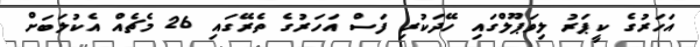
އަހަރުގެ ކީޕަރު ލިވަޕޫލްގައި ހޭދަކުރި ފަސް އަހަރުގެ ތެރޭގައި 26 މެޗެއް އެކުލަބަށް